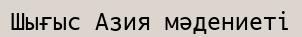
Шығыс Азия мәдениеті